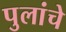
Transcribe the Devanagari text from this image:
पुलांचे